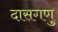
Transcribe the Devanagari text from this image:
दासगणु